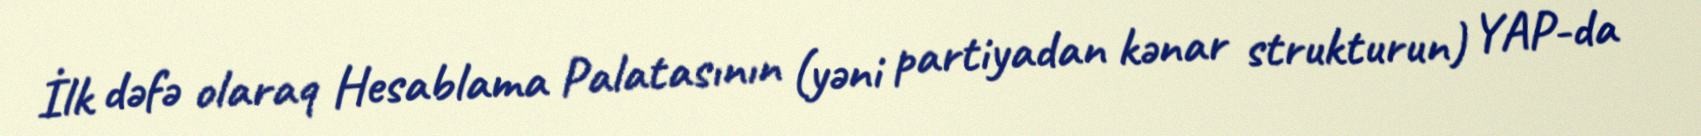
İlk dəfə olaraq Hesablama Palatasının (yəni partiyadan kənar strukturun) YAP-da